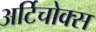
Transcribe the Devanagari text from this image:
अर्टिचोक्स